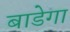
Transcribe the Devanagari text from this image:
बाडेगा